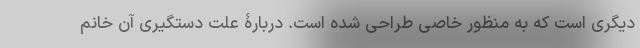
دیگری است که به منظور خاصی طراحی شده است. دربارۀ علت دستگیری آن خانم